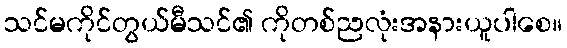
သင်မကိုင်တွယ်မီသင်၏ ကိုတစ်ညလုံးအနားယူပါစေ။